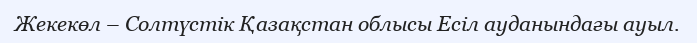
Жекекөл – Солтүстік Қазақстан облысы Есіл ауданындағы ауыл.